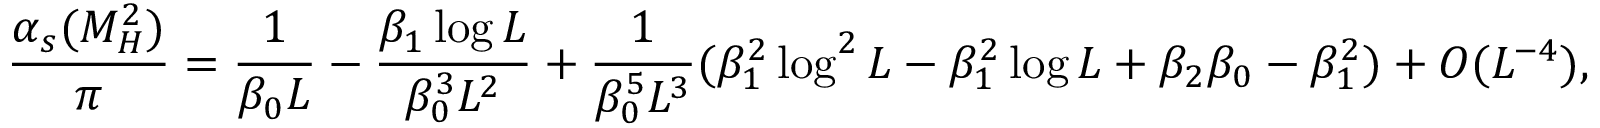
\frac { \alpha _ { s } ( M _ { H } ^ { 2 } ) } { \pi } = \frac { 1 } { \beta _ { 0 } L } - \frac { \beta _ { 1 } \log L } { \beta _ { 0 } ^ { 3 } L ^ { 2 } } + \frac { 1 } { \beta _ { 0 } ^ { 5 } L ^ { 3 } } ( \beta _ { 1 } ^ { 2 } \log ^ { 2 } L - \beta _ { 1 } ^ { 2 } \log L + \beta _ { 2 } \beta _ { 0 } - \beta _ { 1 } ^ { 2 } ) + O ( L ^ { - 4 } ) ,